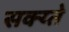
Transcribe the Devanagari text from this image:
सक्य्ते